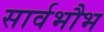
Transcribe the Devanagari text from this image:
सार्वभौभ